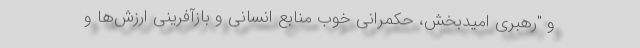
و "رهبری امیدبخش، حکمرانی خوب منابع انسانی و بازآفرینی ارزش‌ها و